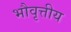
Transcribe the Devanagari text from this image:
भौवृत्तीय